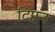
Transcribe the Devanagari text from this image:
टिप्टन